Jaan_Tonisson_(Lasteleht), lk 155
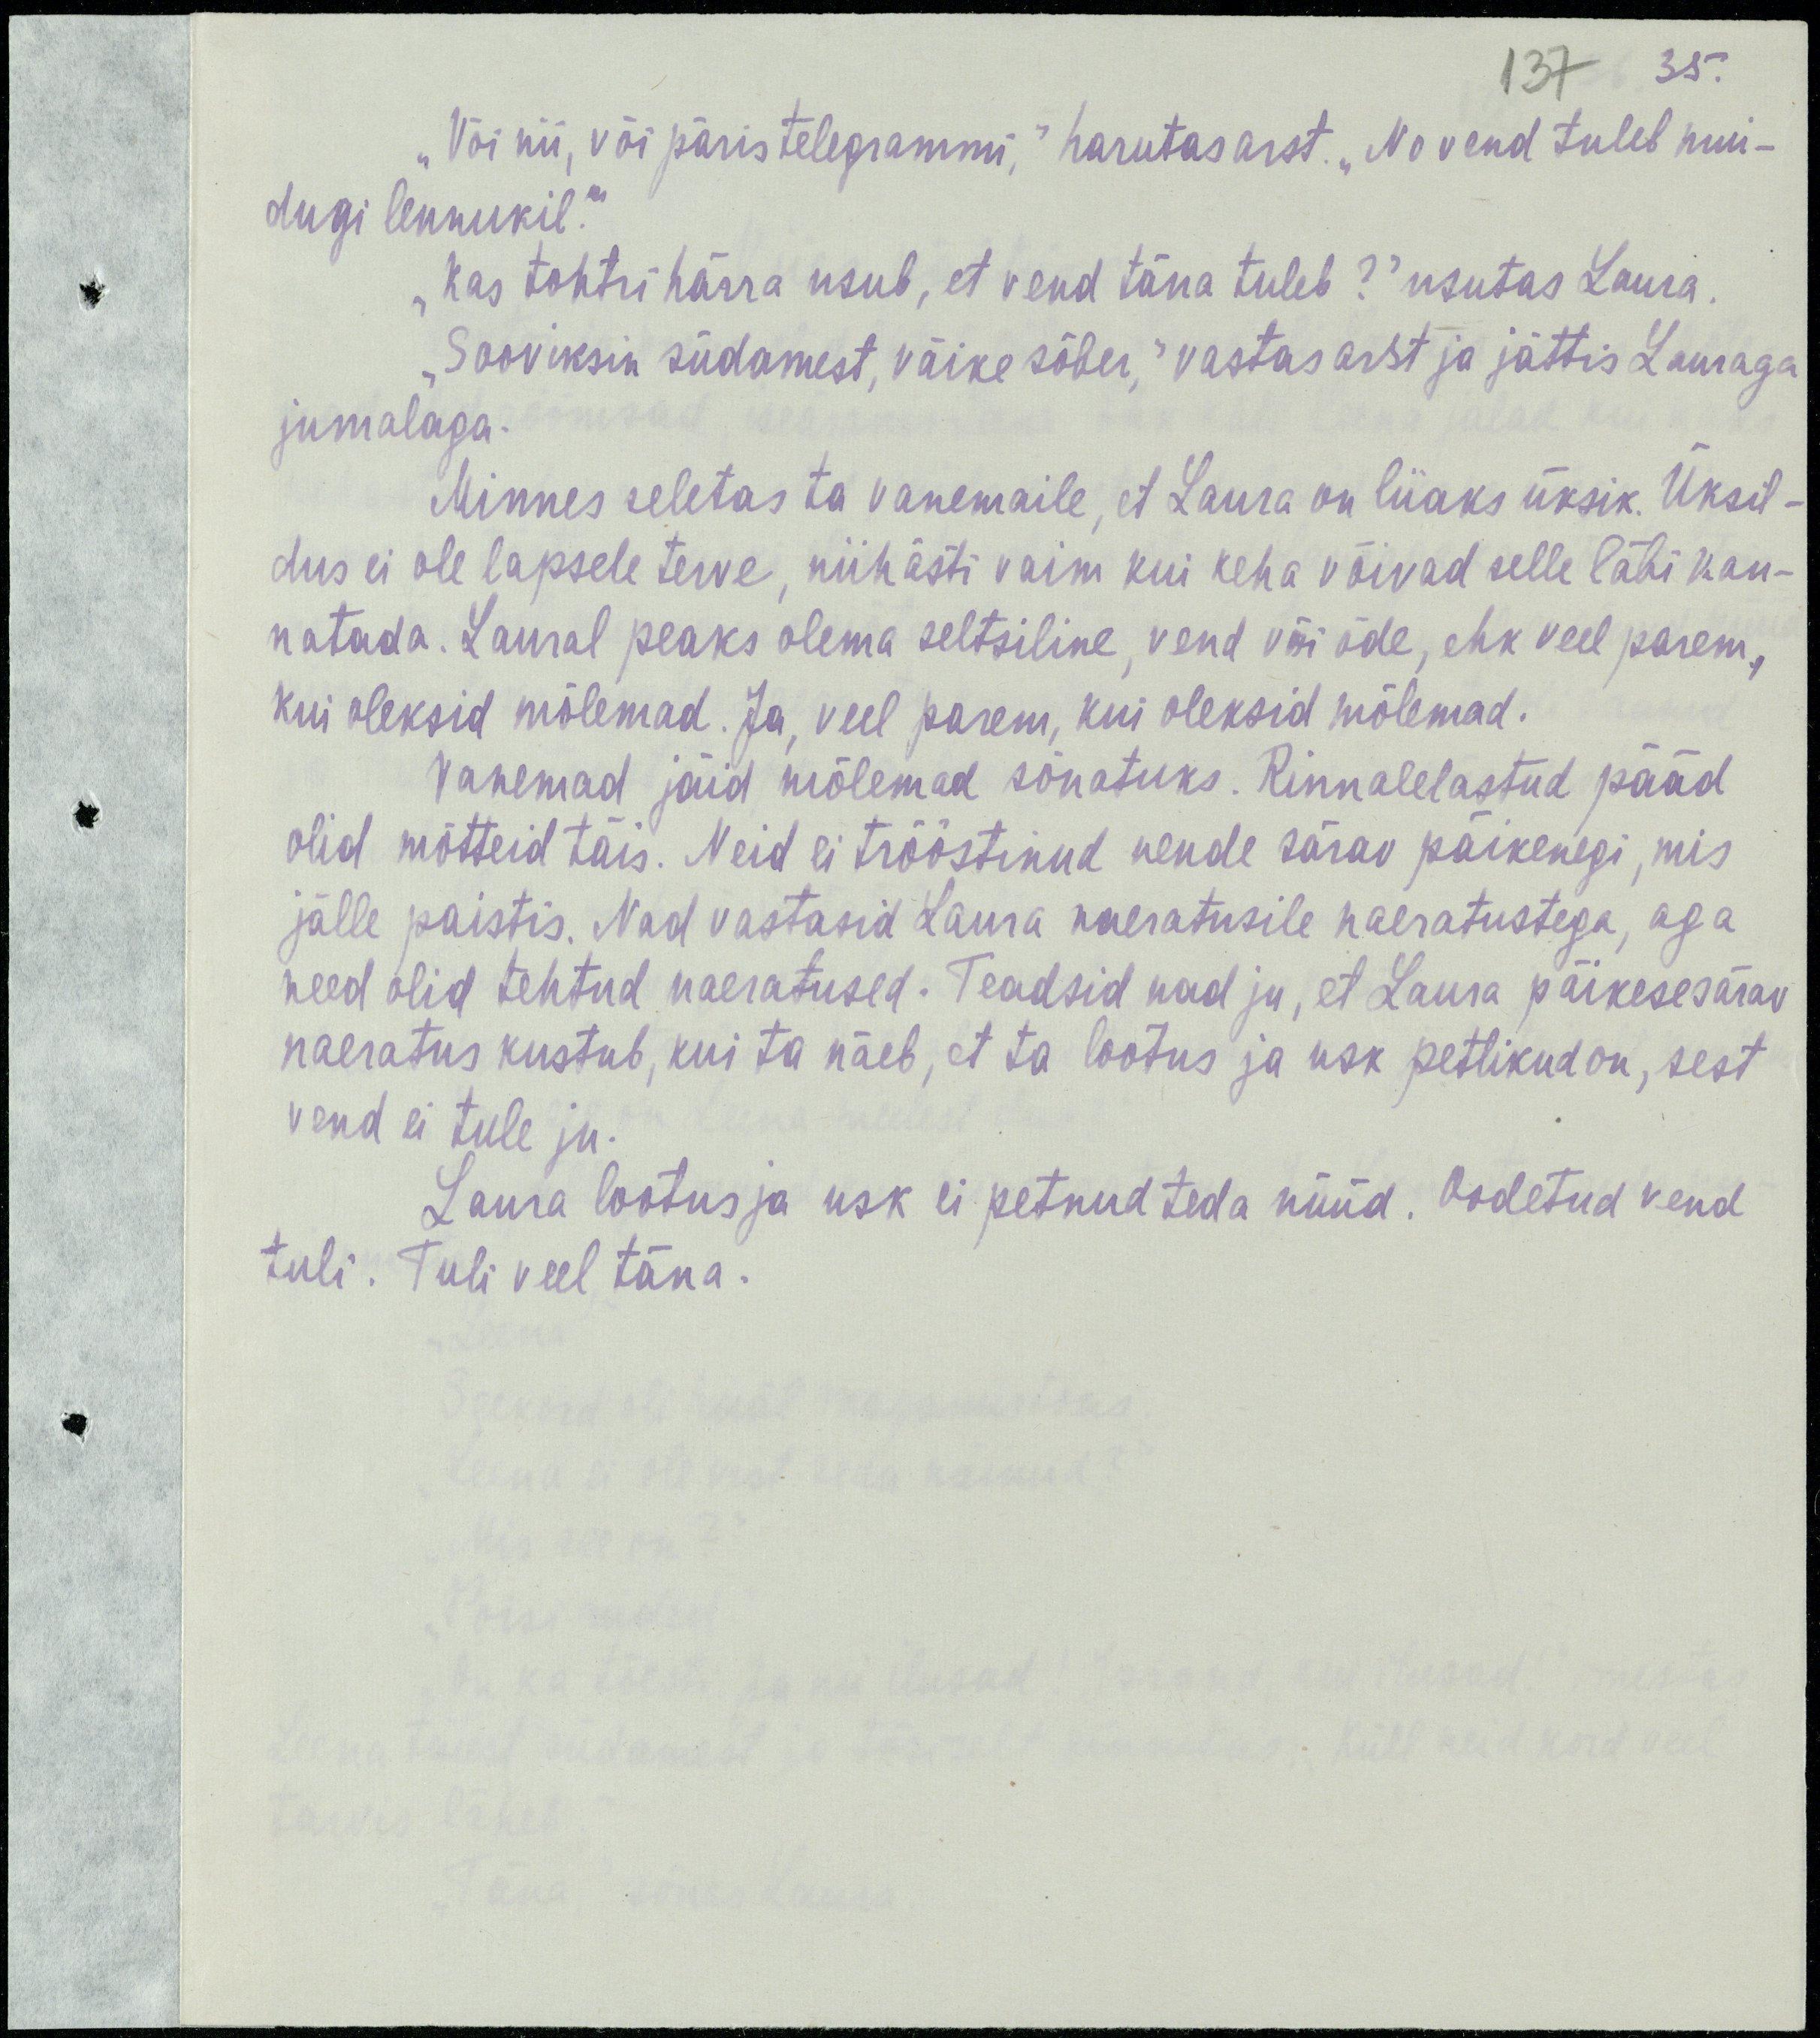
35.
137
„Või nii, või päris telegrammi,“ harutas arst. „No vend tuleb mui-
dugi lennukil.“
„Kas tohtri härra usub, et vend täna tuleb?“ usutas Laura.
„Sooviksin südamest, väike sõer,“ vastas arst ja jättis Lauraga
jumalaga.
Minnes seletas ta vanemaile, et Laura on liiaks üksik. Üksil-
dus ei ole lapsele terve, niihästi vaim kui keha võivad selle läbi kan-
natada. Laural peaks olema seltsiline, vend või õde, ehk veel parem,
kui oleksid mõlemad. Ja, veel parem, kui oleksid mõlemad.
Vanemad jäid mõlemad sõnatuks. Rinnalelastud pääd
olid mõtteid täis. Neid ei trööstinud nende särav päikenegi, mis
jälle paistis. Nad vastasid Laura naeratusile naeratustega, aga
need olid tehtud naeratused. Teadsid nad ju, et Laura päikesesärav
naeratus kustub, kui ta näeb, et ta lootus ja usk petlikud on, sest
vend ei tule ju.
Laura lootus ja usk ei petnud teda nüüd. Oodetud vend
tuli. Tuli veel täna.